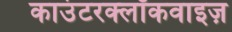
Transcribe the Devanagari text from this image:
काउंटरक्लॉकवाइज़